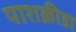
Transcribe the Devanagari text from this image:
पाशक्रीडा